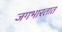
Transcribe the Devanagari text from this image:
जगभारतात